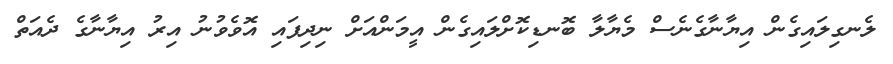
ލެނގިލައިގެން އިޔާނާގެނެސް މެޔާލާ ބޮނޑިކޮށްލައިގެން އީމަންއަށް ނިދިފައި އޮވެވުނު އިރު އިޔާނާގެ ދެއަތް